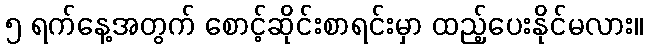
၅ ရက်နေ့အတွက် စောင့်ဆိုင်းစာရင်းမှာ ထည့်ပေးနိုင်မလား။